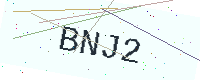
Text: BNJ2